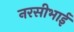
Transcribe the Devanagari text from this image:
नरसीभाई